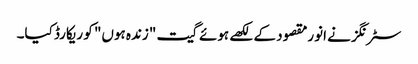
سٹرنگز نے انورمقصود کے لکھے ہوئے گیت "زندہ ہوں" کو ریکارڈ کیا۔